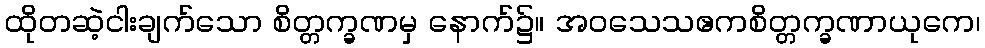
ထိုတဆဲ့ငါးချက်သော စိတ္တက္ခဏမှ နောက်၌။ အဝသေသဧကစိတ္တက္ခဏာယုကေ၊